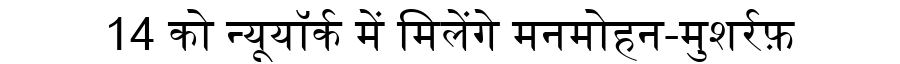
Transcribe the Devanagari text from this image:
14 को न्यूयॉर्क में मिलेंगे मनमोहन-मुशर्रफ़